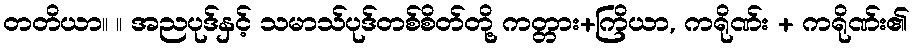
တတိယာ။ ။ အညပုဒ်နှင့် သမာသ်ပုဒ်တစ်စိတ်တို့ ကတ္တား+ကြိယာ, ကရိုဏ်း + ကရိုဏ်း၏